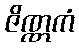
ဇိဏ္ဏကံ